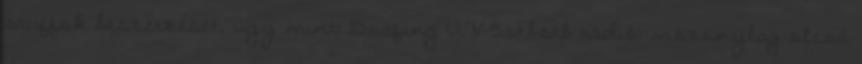
stuffok beszerzését, úgy mint: Boafing UV-5stbstb rádió: viszonylag olcsó